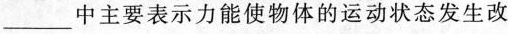
___中主要表示力能使物体的运动状态发生改